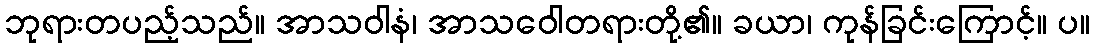
ဘုရားတပည့်သည်။ အာသဝါနံ၊ အာသဝေါတရားတို့၏။ ခယာ၊ ကုန်ခြင်းကြောင့်။ ပ။